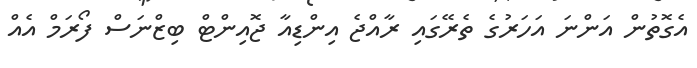
އެގޮތުން އަންނަ އަހަރުގެ ތެރޭގައި ރާއްޖެ އިންޑިއާ ޖޮއިންޓް ބިޒްނަސް ފޯރަމް އެއް